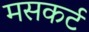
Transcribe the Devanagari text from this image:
मसकर्ट